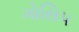
ગોસિપ